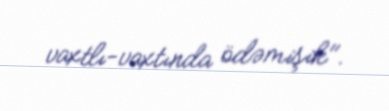
vaxtlı-vaxtında ödəmişik".